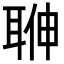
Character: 𦕽